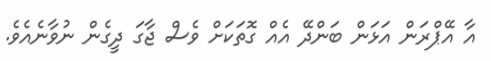
އާ އޭޕްރަން އަޅަން ބަންދޭ އެއް ގޮތަކަށް ވެސް ޖާގަ ދީގެން ނުވާނެއެވެ.